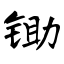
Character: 锄